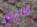
نازي